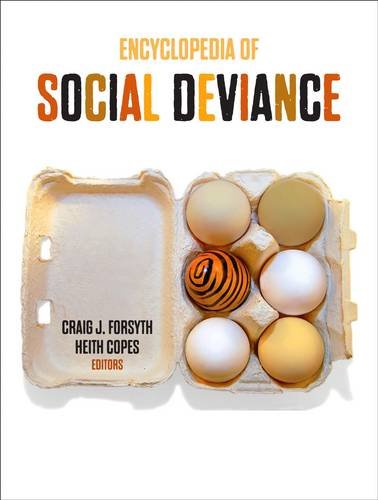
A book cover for Encyclopedia of Social Deviance; Politics & Social Sciences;